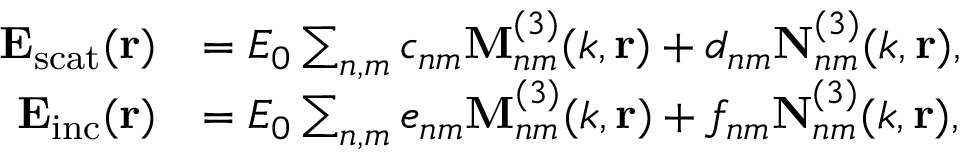
\begin{array} { r l } { \mathbf { E _ { \mathrm { s c a t } } } ( \mathbf { r } ) } & { = E _ { 0 } \sum _ { n , m } c _ { n m } \mathbf { M } _ { n m } ^ { ( 3 ) } ( k , \mathbf { r } ) + d _ { n m } \mathbf { N } _ { n m } ^ { ( 3 ) } ( k , \mathbf { r } ) , } \\ { \mathbf { E _ { \mathrm { i n c } } } ( \mathbf { r } ) } & { = E _ { 0 } \sum _ { n , m } e _ { n m } \mathbf { M } _ { n m } ^ { ( 3 ) } ( k , \mathbf { r } ) + f _ { n m } \mathbf { N } _ { n m } ^ { ( 3 ) } ( k , \mathbf { r } ) , } \end{array}